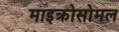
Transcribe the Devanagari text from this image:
माइक्रोसोमल